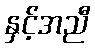
နှင့်အညီ